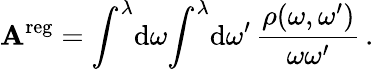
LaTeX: \mathbf{A}^{\mathrm{{reg}}}=\int^{\lambda}\! \mathrm{{d}}\omega\! \int^{\lambda}\! \mathrm{{d}}\omega^{\prime}\, \frac{{\rho(\omega,\omega^{\prime})}}{{\omega\omega^{\prime}}}\, .